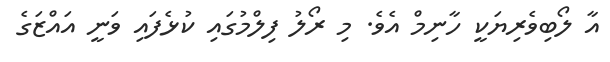
އާ ލޯބިވެރިޔަކީ ހާނިމް އެވެ. މި ރޯލު ފިލްމުގައި ކުޅެފައި ވަނީ އައްޒަގެ